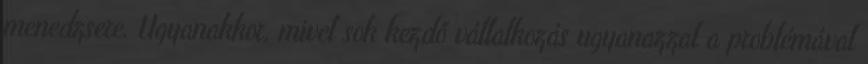
menedzsere. Ugyanakkor, mivel sok kezdő vállalkozás ugyanazzal a problémával